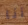
أنا